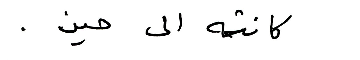
كانته الى حين.